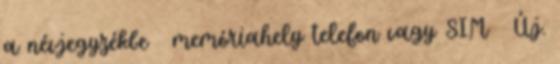
a névjegyzékbe → memóriahely telefon vagy SIM → Új.